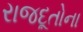
રાજદૂતોના